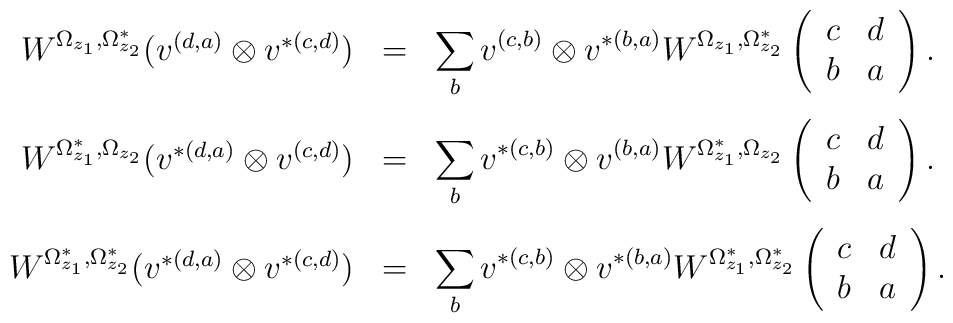
\begin{array}{rcl}W^{\Omega_{z_1}, \Omega^*_{z_{2}}}(v^{(d,a)}\otimes v^{*(c,d)})&=&\displaystyle\sum_{b} v^{(c,b)}\otimes v^{*(b,a)}W^{\Omega_{z_1}, \Omega^*_{z_{2}}}\left( \begin{array}{cc} c & d \\ b & a \end{array} \right). \\[6mm]W^{\Omega^*_{z_1}, \Omega_{z_{2}}}(v^{*(d,a)}\otimes v^{(c,d)})&=&\displaystyle\sum_{b} v^{*(c,b)}\otimes v^{(b,a)}W^{\Omega^*_{z_1}, \Omega_{z_{2}}}\left( \begin{array}{cc} c & d \\ b & a \end{array} \right). \\[6mm]W^{\Omega^*_{z_1}, \Omega^*_{z_{2}}}(v^{*(d,a)}\otimes v^{*(c,d)})&=&\displaystyle\sum_{b} v^{*(c,b)}\otimes v^{*(b,a)}W^{\Omega^*_{z_1}, \Omega^*_{z_{2}}}\left( \begin{array}{cc} c & d \\ b & a \end{array} \right). \end{array}